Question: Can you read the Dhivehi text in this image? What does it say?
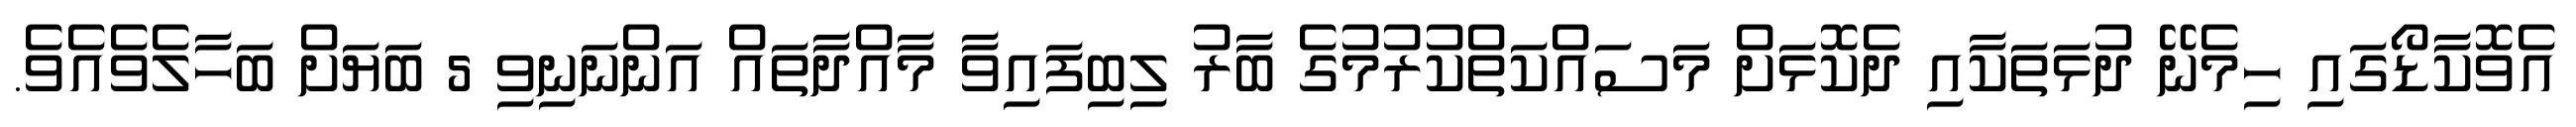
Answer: އެވޮކާޑޯގައި ހިމެނޭ ދުޅަތަކާއި ދެކޮޅަށް މަސައްކަތްކުރުމުގެ ބާރު ލިބިފައިވާ މާއްދާތައް އަންނަނިވި 5 ބަޔަށް ބަހާލެވެއެވެ.